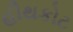
હીથકોટ